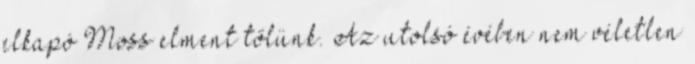
elkapó Moss elment tőlünk. Az utolsó évében nem véletlen